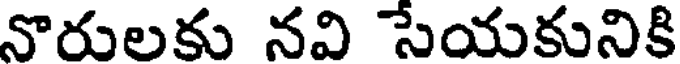
నొరులకు నవి సేయకునికి